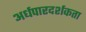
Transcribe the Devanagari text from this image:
अर्धपारदर्शकता